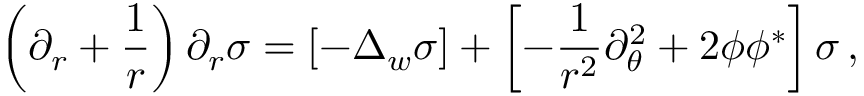
\left( \partial _ { r } + \frac 1 r \right) \partial _ { r } \sigma = \left[ - \Delta _ { w } \sigma \right] + \left[ - \frac 1 { r ^ { 2 } } \partial _ { \theta } ^ { 2 } + 2 \phi \phi ^ { * } \right] \sigma \, ,